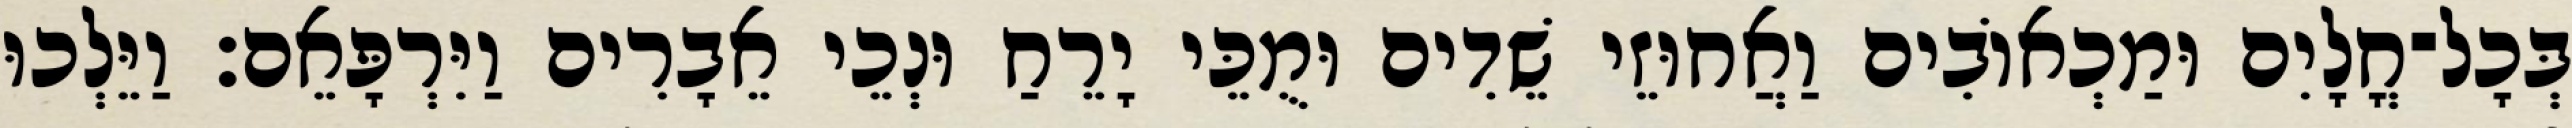
בְּכָל־חֳלָיִם וּמַכְאוֹבִים וַאֲחוּזֵי שֵׁדִים וּמֻכֵּי יָרֵחַ וּנְכֵי אֵבָרִים וַיִּרְפָּאֵם׃ וַיֵּלְכוּ